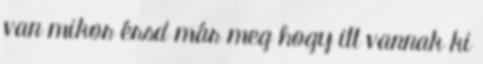
van mikor érsd már meg hogy itt vannak ki